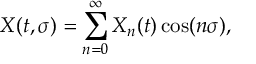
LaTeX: X ( t , \sigma ) = \sum _ { n = 0 } ^ { \infty } X _ { n } ( t ) \cos ( n \sigma ) ,